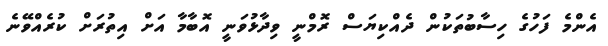
އެންމެ ފަހުގެ ހިސާބުތަކުން ދެއްކިޔަސް ރޮމްނީ ވިދާޅުވަނީ އޮބާމާ އަށް އިތުރަށް ކުރެއްވޭނެ